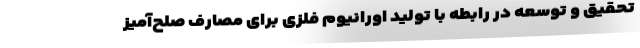
تحقیق و توسعه در رابطه با تولید اورانیوم فلزی برای مصارف صلح‌آمیز